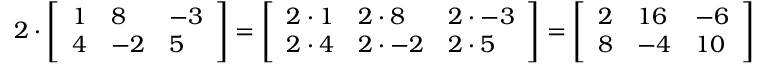
2 \cdot { \left[ \begin{array} { l l l } { 1 } & { 8 } & { - 3 } \\ { 4 } & { - 2 } & { 5 } \end{array} \right] } = { \left[ \begin{array} { l l l } { 2 \cdot 1 } & { 2 \cdot 8 } & { 2 \cdot - 3 } \\ { 2 \cdot 4 } & { 2 \cdot - 2 } & { 2 \cdot 5 } \end{array} \right] } = { \left[ \begin{array} { l l l } { 2 } & { 1 6 } & { - 6 } \\ { 8 } & { - 4 } & { 1 0 } \end{array} \right] }